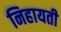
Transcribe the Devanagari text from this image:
निहायती